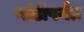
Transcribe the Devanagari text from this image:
मांडीपर्यंत